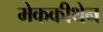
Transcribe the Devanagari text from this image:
मेककीथेन